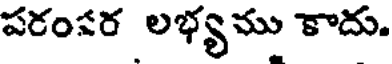
పరంపర లభ్యము కాదు.